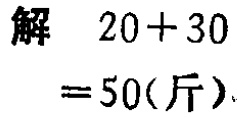
解 \(20 + 30\)

\(= 50(\text{斤})\)